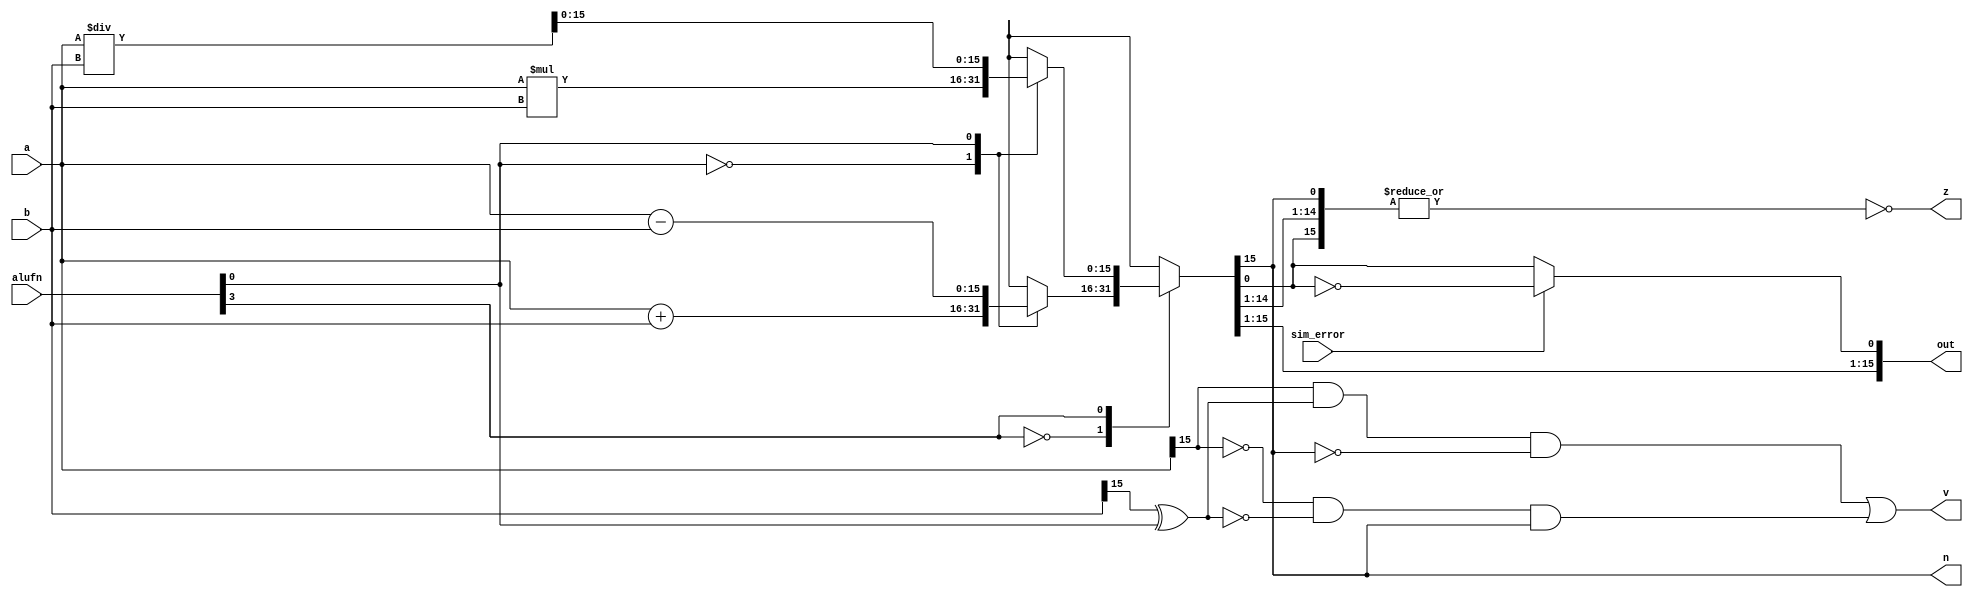
/*
   This file was generated automatically by Alchitry Labs version 1.2.7.
   Do not edit this file directly. Instead edit the original Lucid source.
   This is a temporary file and any changes made to it will be destroyed.
*/

module adder_16_8 (
    input [15:0] a,
    input [15:0] b,
    input [5:0] alufn,
    input [0:0] sim_error,
    output reg [15:0] out,
    output reg [0:0] z,
    output reg [0:0] v,
    output reg [0:0] n
  );
  
  
  
  reg [15:0] s;
  
  reg [0:0] alufn0;
  
  reg [31:0] extended_a;
  
  reg [31:0] extended_b;
  
  reg [31:0] muldiv_extended;
  
  always @* begin
    s = 16'h0000;
    alufn0 = alufn[0+0-:1];
    extended_a = 32'h00000000;
    extended_b = 32'h00000000;
    muldiv_extended = 32'h00000000;
    
    case (alufn[3+0-:1])
      1'h0: begin
        
        case (alufn[0+0-:1])
          1'h0: begin
            s = a + b;
          end
          1'h1: begin
            s = a - b;
          end
          default: begin
            s = 16'h0000;
          end
        endcase
      end
      1'h1: begin
        extended_a[0+15-:16] = a;
        extended_b[0+15-:16] = b;
        
        case (alufn[0+0-:1])
          1'h0: begin
            muldiv_extended = extended_a * extended_b;
            s = muldiv_extended[0+15-:16];
          end
          1'h1: begin
            muldiv_extended = extended_a / extended_b;
            s = muldiv_extended[0+15-:16];
          end
          default: begin
            s = 16'h0000;
          end
        endcase
      end
      default: begin
        s = 16'h0000;
      end
    endcase
    z = ~(|s);
    v = (a[15+0-:1] & (b[15+0-:1] ^ alufn0) & ~s[15+0-:1]) | (~a[15+0-:1] & ~(b[15+0-:1] ^ alufn0) & s[15+0-:1]);
    n = s[15+0-:1];
    if (sim_error == 1'h0) begin
      out = s;
    end else begin
      s[0+0-:1] = !s[0+0-:1];
      out = s;
    end
  end
endmodule